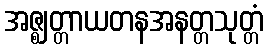
အဇ္ဈတ္တာယတနအနတ္တသုတ္တံ